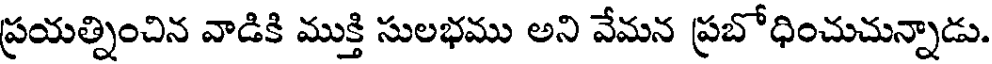
ప్రయత్నించిన వాడికి ముక్తి సులభము అని వేమన ప్రబోధించుచున్నాడు.